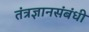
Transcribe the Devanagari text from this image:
तंत्रज्ञानसंबंधी